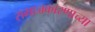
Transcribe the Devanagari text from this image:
समाजकारणाच्या